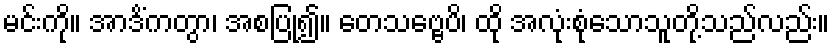
မင်းကို။ အာဒိံကတွာ၊ အစပြု၍။ တေသဗ္ဗေပိ၊ ထို အလုံးစုံသောသူတို့သည်လည်း။